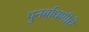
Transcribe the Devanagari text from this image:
पुनर्बाधणीचे